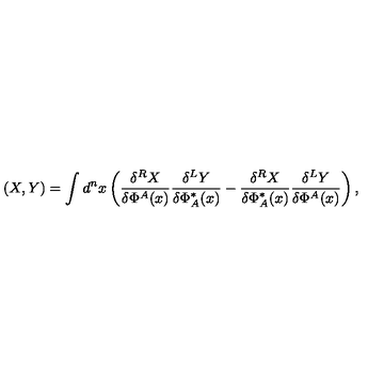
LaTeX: ( X , Y ) = \int d ^ { n } x \left( \frac { \delta ^ { R } X } { \delta \Phi ^ { A } ( x ) } \frac { \delta ^ { L } Y } { \delta \Phi _ { A } ^ { * } ( x ) } - \frac { \delta ^ { R } X } { \delta \Phi _ { A } ^ { * } ( x ) } \frac { \delta ^ { L } Y } { \delta \Phi ^ { A } ( x ) } \right) ,